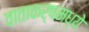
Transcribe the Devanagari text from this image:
वाताकर्षमध्ये